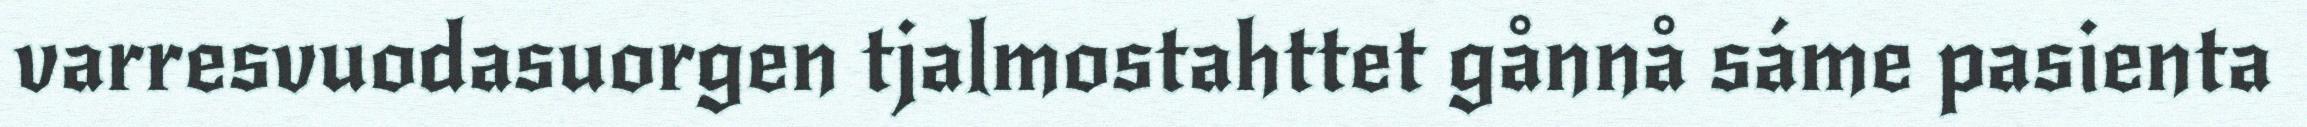
varresvuodasuorgen tjalmostahttet gånnå sáme pasienta